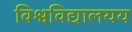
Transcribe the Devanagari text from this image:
विश्वविद्यालयय